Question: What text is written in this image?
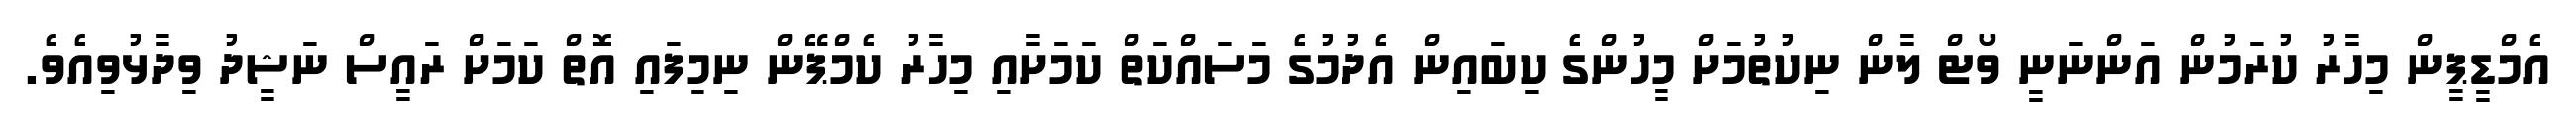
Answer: އެމްޑީޕީން މިހާރު ކުރަމުން އަންނަނީ ވޯޓް ލާން ނިކުތުމަށް މީހުންގެ ކިބައިން އެދުމުގެ މަސައްކަތް ކަމަށާއި މިހާރު ކެމްޕޭން ނިމިފައި އޮތް ކަމަށް ރައީސް ނަޝީދު ވިދާޅުވިއެވެ.